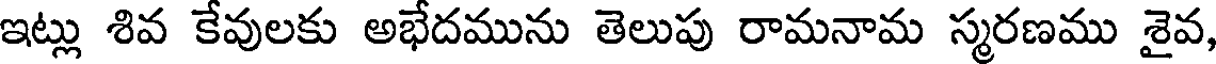
ఇట్లు శివ కేవులకు అభేదమును తెలుపు రామనామ స్మరణము శైవ,